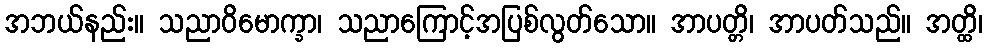
အဘယ်နည်း။ သညာဝိမောက္ခာ၊ သညာကြောင့်အပြစ်လွတ်သော။ အာပတ္တိ၊ အာပတ်သည်။ အတ္ထိ၊